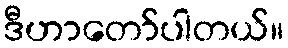
ဒီဟာတော်ပါတယ်။